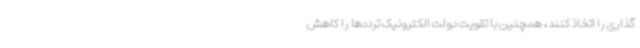
گذاری را اتخاذ کنند، همچنین با تقویت دولت الکترونیک ترددها را کاهش